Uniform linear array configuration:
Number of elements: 24
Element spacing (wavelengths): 0.25
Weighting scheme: exponential
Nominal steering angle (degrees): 0
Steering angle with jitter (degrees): -0.07373
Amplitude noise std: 0.05
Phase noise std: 0.05

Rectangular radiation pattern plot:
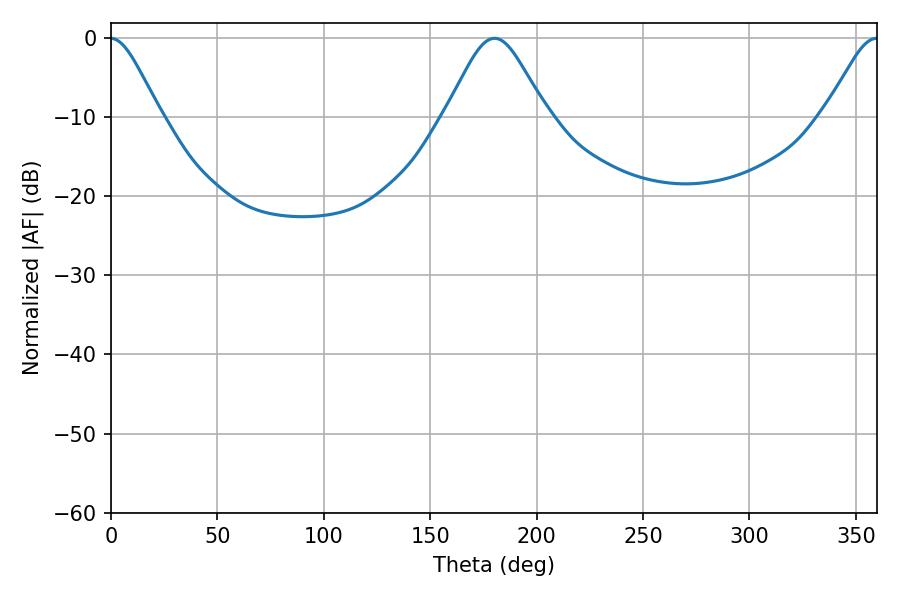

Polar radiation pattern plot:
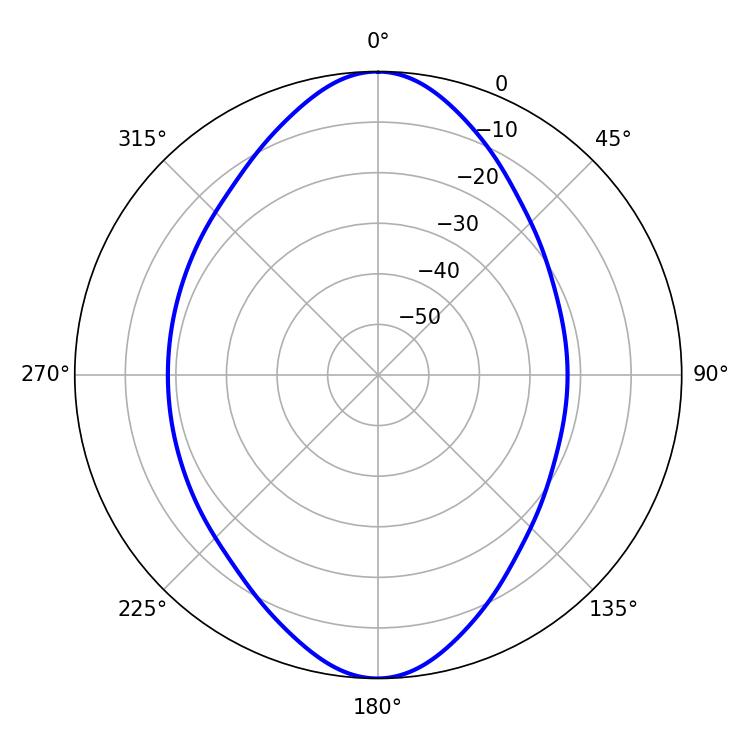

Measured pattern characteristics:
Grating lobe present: FALSE
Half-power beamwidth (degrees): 23.22
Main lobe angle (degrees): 180.18